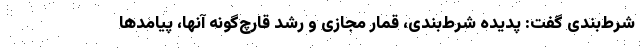
شرط‌بندی گفت: پدیده شرط‌بندی، قمار مجازی و رشد قارچ‌گونه آنها، پیامدها